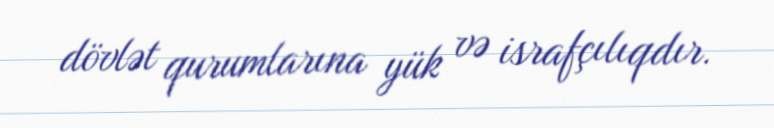
dövlət qurumlarına yük və israfçılıqdır.